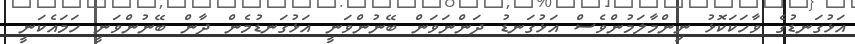
އަޅުގަނޑުގެ ވާހަކަކޮޅު ނިންމާލަމުންވެސް އަޅުގަނޑު ދަންނަވަން ބޭނުންވަނީ އަޅުގަނޑުމެން ދާން ބޭނުންވަނީ ހަމައެކަނީ